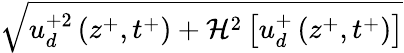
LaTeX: \sqrt{u_{d}^{+2}\left(z^{+},t^{+}\right)+\mathcal{H}^{2}\left[u_{d}^{+}\left(z^{+},t^{+}\right)\right]}